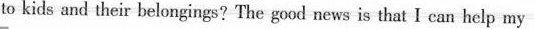
to kids and their belongings? The good news is that I can help my